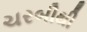
ચરબીથી